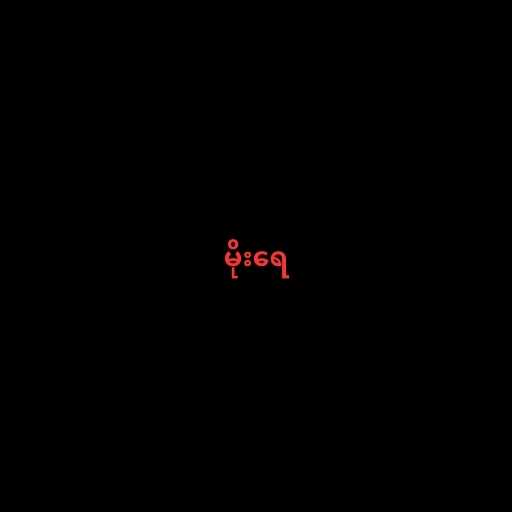
မိုးရေ